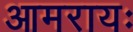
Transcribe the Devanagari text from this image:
आमरायः